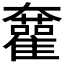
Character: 𡚜